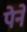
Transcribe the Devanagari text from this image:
पेने